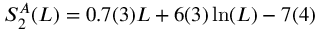
S _ { 2 } ^ { A } ( L ) = 0 . 7 ( 3 ) L + 6 ( 3 ) \ln ( L ) - 7 ( 4 )